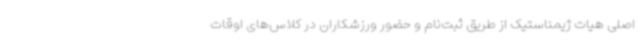
اصلی هیات ژیمناستیک از طریق ثبت‌نام و حضور ورزشکاران در کلاس‌های اوقات